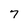
Character: 7